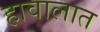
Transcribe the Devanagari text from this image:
हावालात